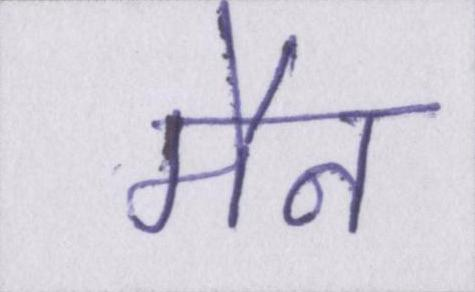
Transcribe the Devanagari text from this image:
मैन